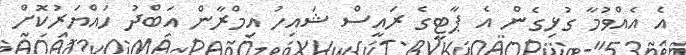
އެ އެއްވުމާ ގުޅިގެން އެ ޕާޓީގެ ރައީސް ޝައިހު އިމްރާން އަބްދު ހައްޔަރުކޮށް